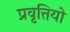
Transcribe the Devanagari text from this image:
प्रवृत्तियो